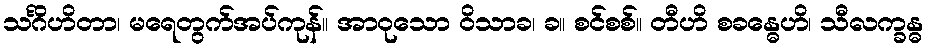
သင်္ဂိဟိတာ၊ မရေတွက်အပ်ကုန်။ အာဝုသော ဝိသာခ၊ ခ။ စင်စစ်။ တီဟိ စခန္ဓေဟိ၊ သီလက္ခန္ဓ